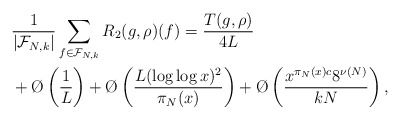
\begin{align*}&\frac{1}{|\mathcal F_{N,k}|} \sum_{f \in \mathcal F_{N,k}} R_2(g,\rho)(f) = \frac{T(g,\rho)}{4 L}\\&+ \O\left(\frac{1}{L}\right) + \O\left(\frac{L(\log \log x)^2}{\pi_N(x)}\right) + \O\left(\frac{x^{\pi_N(x) c} 8^{\nu(N)}}{kN}\right),\end{align*}